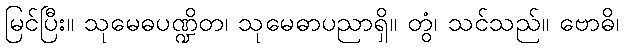
မြင်ပြီး။ သုမေဓပဏ္ဍိတ၊ သုမေဓာပညာရှိ။ တွံ၊ သင်သည်။ ဗောဓိ၊